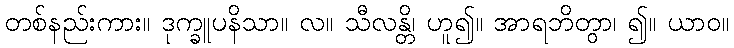
တစ်နည်းကား။ ဒုက္ခူပနိသာ။ လ။ သီလန္တိ၊ ဟူ၍။ အာရဘိတွာ၊ ၍။ ယာဝ။